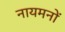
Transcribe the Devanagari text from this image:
नायमनों